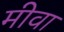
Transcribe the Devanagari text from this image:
मीवा